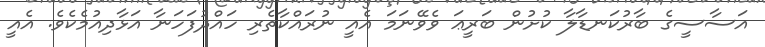
އަސާސީގެ ބާރުކަނޑާލާ ކުށުން ބަރީޢަ ވެވޭނަމަ އެއީ ނުރައްކާތެރި ހައްދުފަހަނާ އަޅާދިއުމެކެވެ. އެއީ